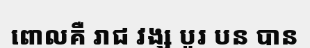
ពោលគឺ រាជ វង្ស បួរ បន បាន